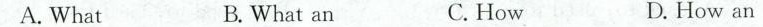
A.What B.What an C.How D.How an